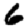
Digit: 6